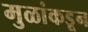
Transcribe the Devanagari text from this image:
मुळांकडून